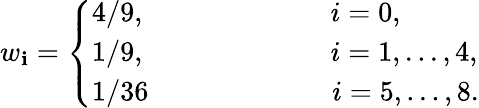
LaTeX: {w}_{\mathbf{i}}=\left\{ \begin{array}{ll}{4/9,~~~~~~~~~~~~~~~~~~~~~~~~~~i=0,}\\ {1/9,~~~~~~~~~~~~~~~~~~~~~~~~~~i=1,...,4,}\\ {1/36~~~~~~~~~~~~~~~~~~~~~~~~~~i=5,...,8.}\end{array}\right.